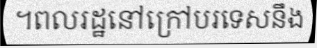
។ពលរដ្ឋនៅក្រៅបរទេសនឹង